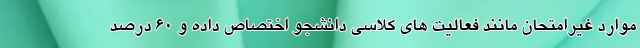
موارد غیرامتحان مانند فعالیت های کلاسی دانشجو اختصاص داده و ۶۰ درصد